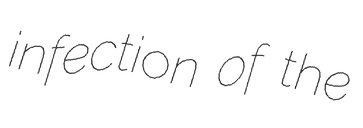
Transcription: infection of the